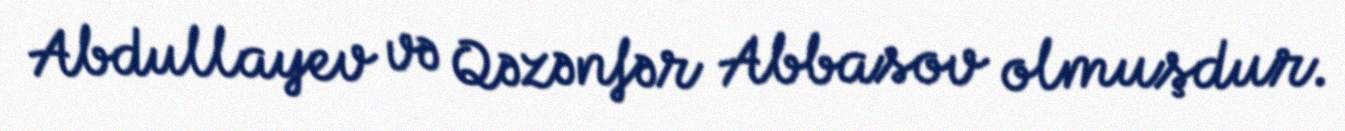
Abdullayev və Qəzənfər Abbasov olmuşdur.